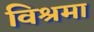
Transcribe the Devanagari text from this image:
विश्रमा